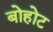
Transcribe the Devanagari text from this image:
बोहोट